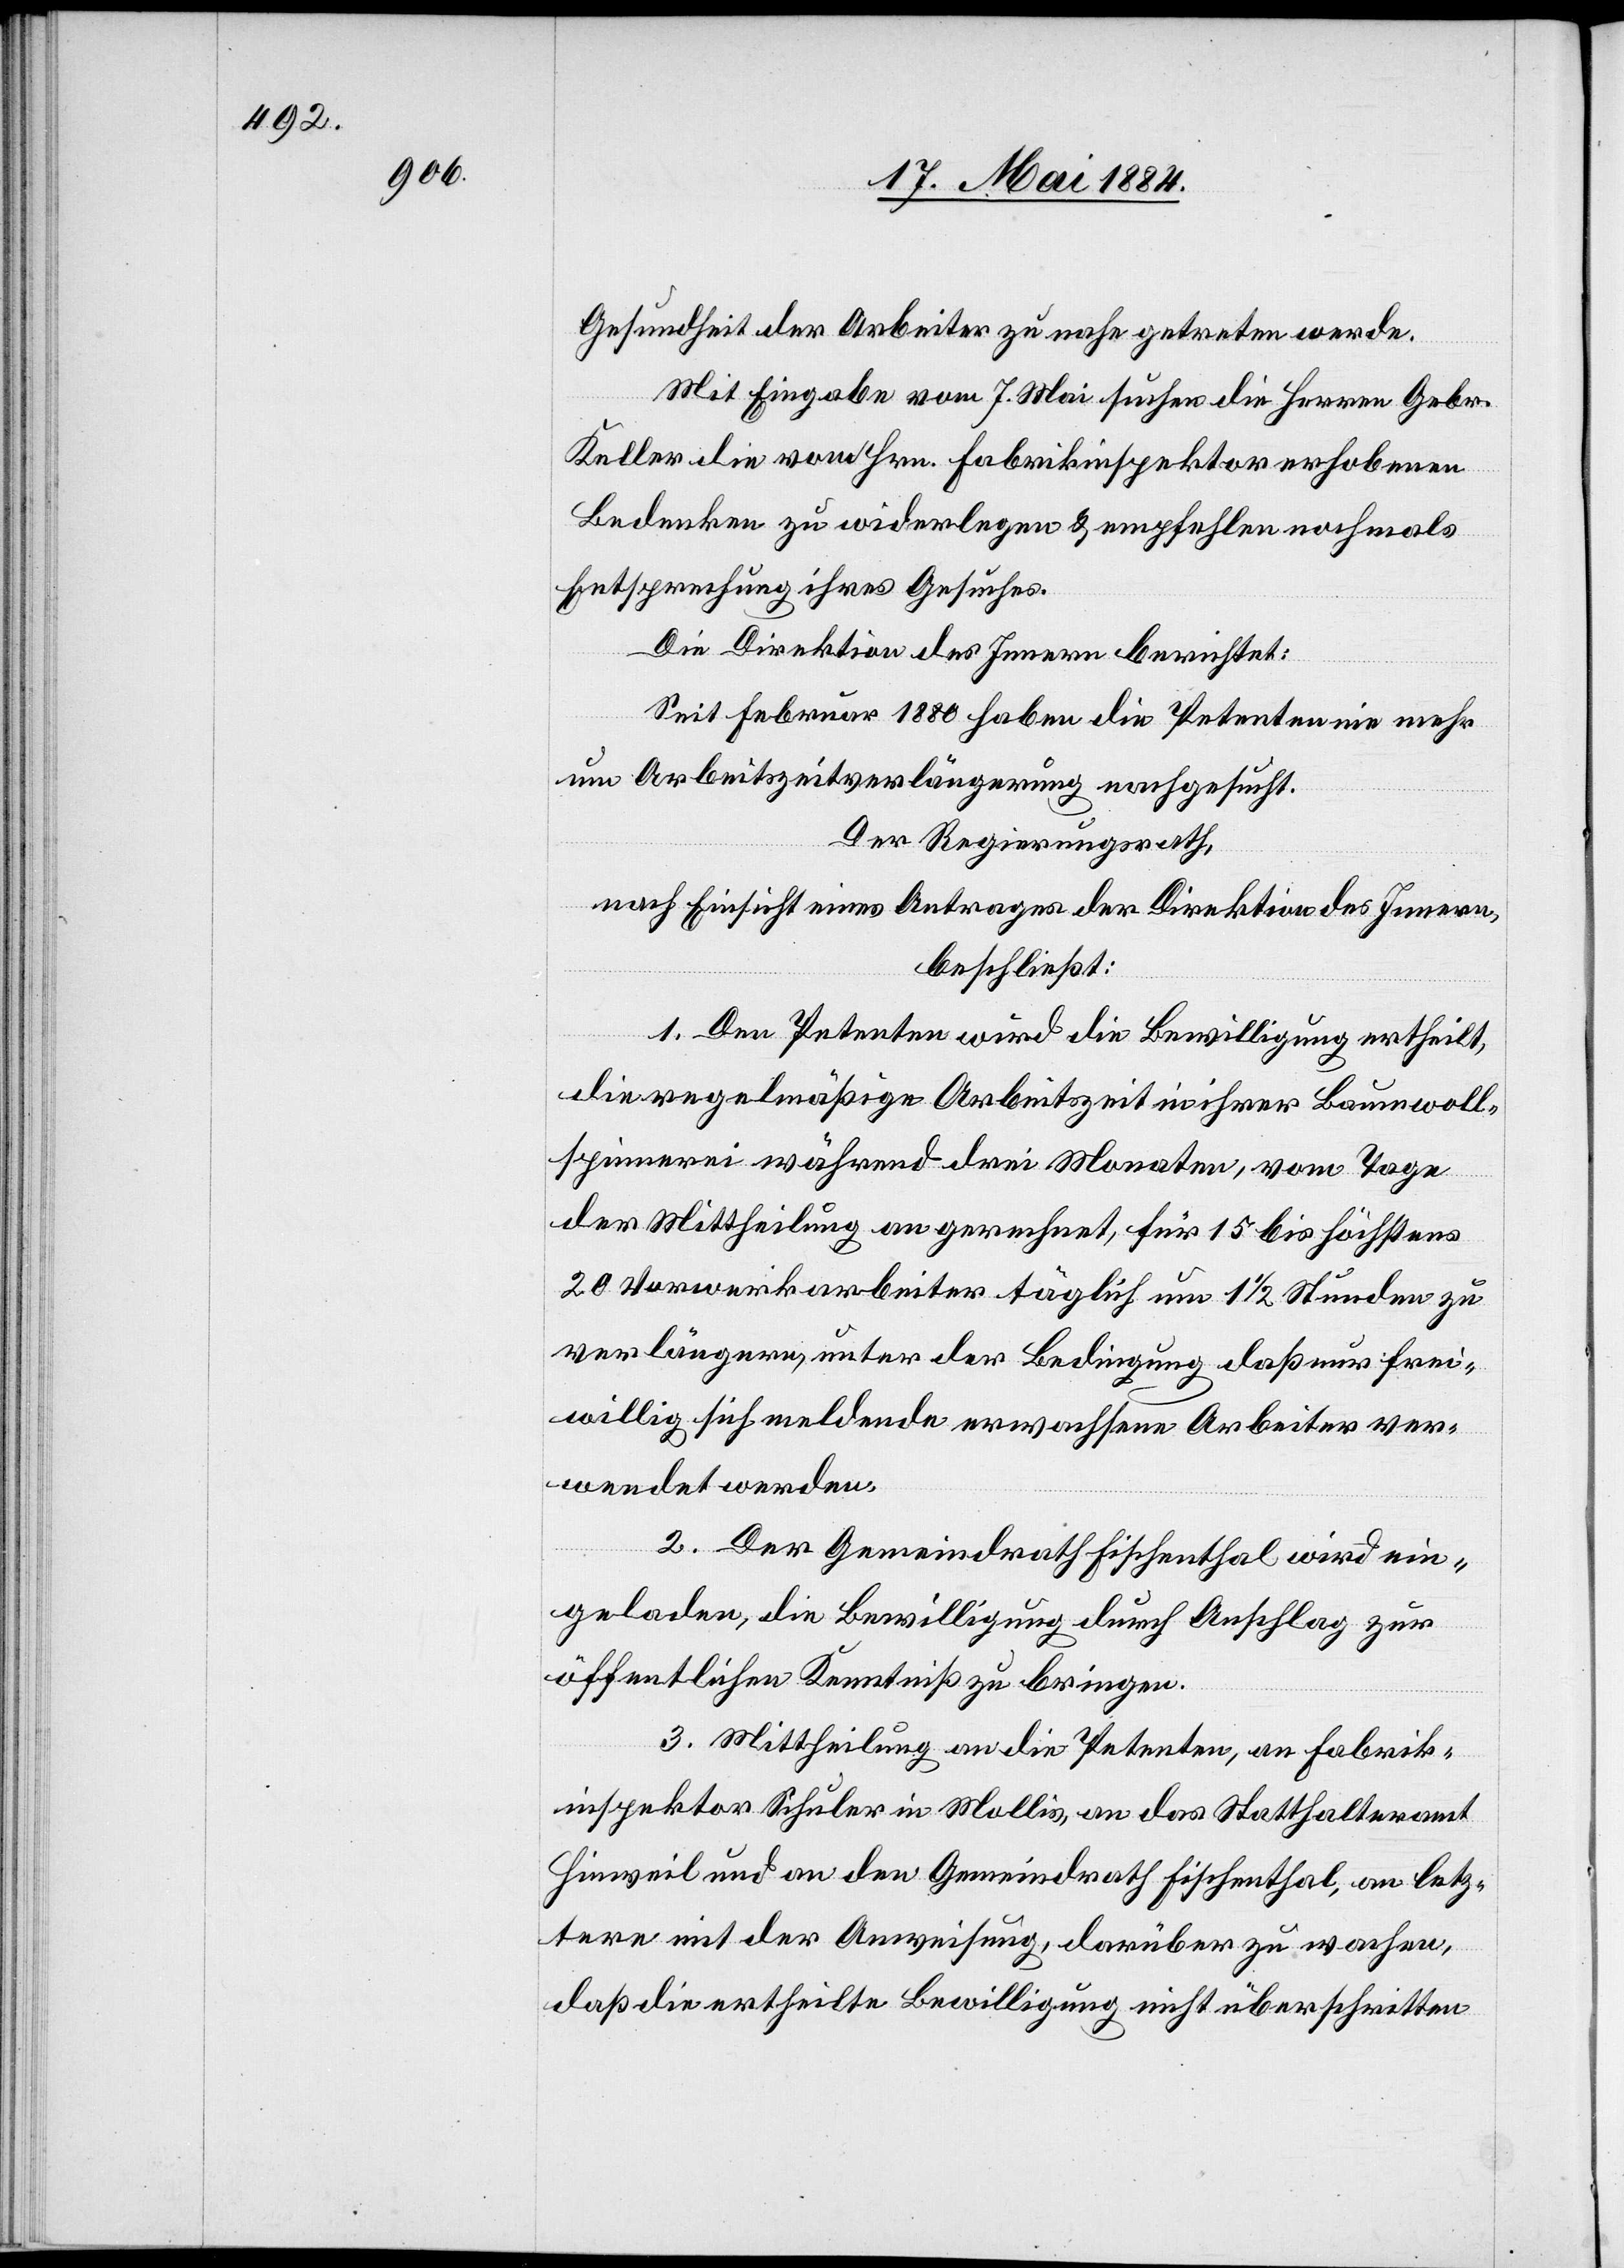
Gesundheit der Arbeiter zu nahe getreten werde.
Mit Eingabe vom 7. Mai suchen die Herren Gebr.
Keller die vom Hrn. Fabrikinspektor erhobenen
Bedenken zu widerlegen & empfehlen nochmals
Entsprechung ihres Gesuches.
Die Direktion des Innern berichtet:
Seit Februar 1880 haben die Petenten nie mehr
um Arbeitszeitverlängerung nachgesucht.
Der Regierungsrath,
nach Einsicht eines Antrages der Direktion des Innern,
beschließt:
1. Den Petenten wird die Bewilligung ertheilt,
die regelmäßige Arbeitszeit in ihrer Baumwoll¬
spinnerei während drei Monaten, vom Tage
der Mittheilung an gerechnet, für 15 bis höchstens
20 Vorwerkarbeiter täglich um 1 1/2 Stunden zu
verlängern, unter der Bedingung, daß nur frei¬
willig sich meldende erwachsene Arbeiter ver¬
wendet werden.
2. Der Gemeindrath Fischenthal wird ein¬
geladen, die Bewilligung durch Anschlag zur
öffentlichen Kenntniß zu bringen.
3. Mittheilung an die Petenten, an Fabrik¬
inspektor Schuler in Mollis, an das Statthalteramt
Hinweil und an den Gemeindrath Fischenthal, an letz¬
tern mit der Anweisung, darüber zu wachen,
daß die ertheilte Bewilligung nicht überschritten